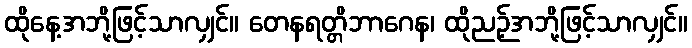
ထိုနေ့အဘို့ဖြင့်သာလျှင်။ တေနရတ္တိဘာဂေန၊ ထိုညဉ့်အဘို့ဖြင့်သာလျှင်။